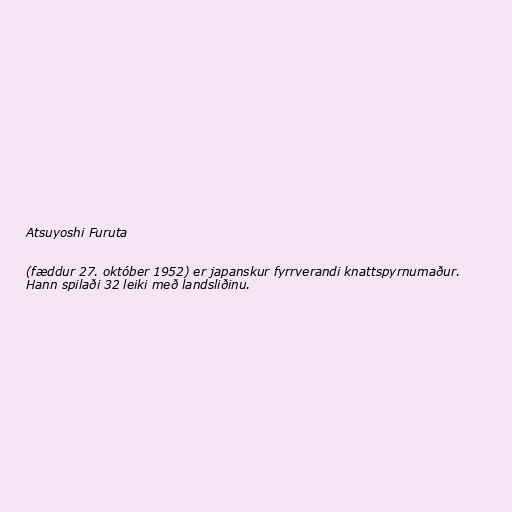
Atsuyoshi Furuta

(fæddur 27. október 1952) er japanskur fyrrverandi knattspyrnumaður.
Hann spilaði 32 leiki með landsliðinu.